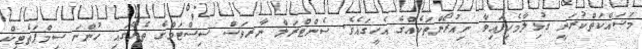
މަސައްކަތްކުރަނީ ގުޅިލާމެހިފައިވާ ނިއުރޯންތަކެއްގެ އެހީގައެވެ. ސެންޓްރަލް ނާރވަސް ސިސްޓަމްގެ ތެރޭގައި ހުންނަ ސިމްޕަތެޓިކް